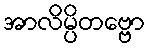
အာလိမ္ပိတဗ္ဗော